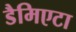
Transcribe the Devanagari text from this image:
डैमिएटा